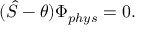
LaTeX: ( \hat { S } - \theta ) \Phi _ { p h y s } = 0 .